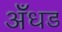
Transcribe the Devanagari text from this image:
अँधड